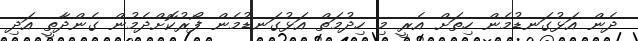
ދެން އަޅުގަނޑުމެން ހިތަށް އެރީ މި ހިދުމަތް އަޅުގަނޑުމެން ފޯރުކޮށްދެމުން ގެންދާތީ އަދި